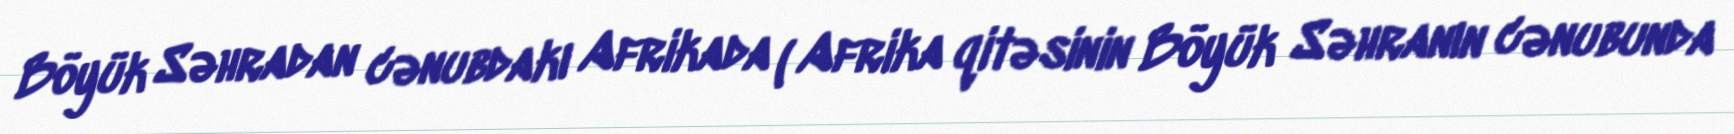
Böyük Səhradan cənubdakı Afrikada ( Afrika qitəsinin Böyük Səhranın cənubunda